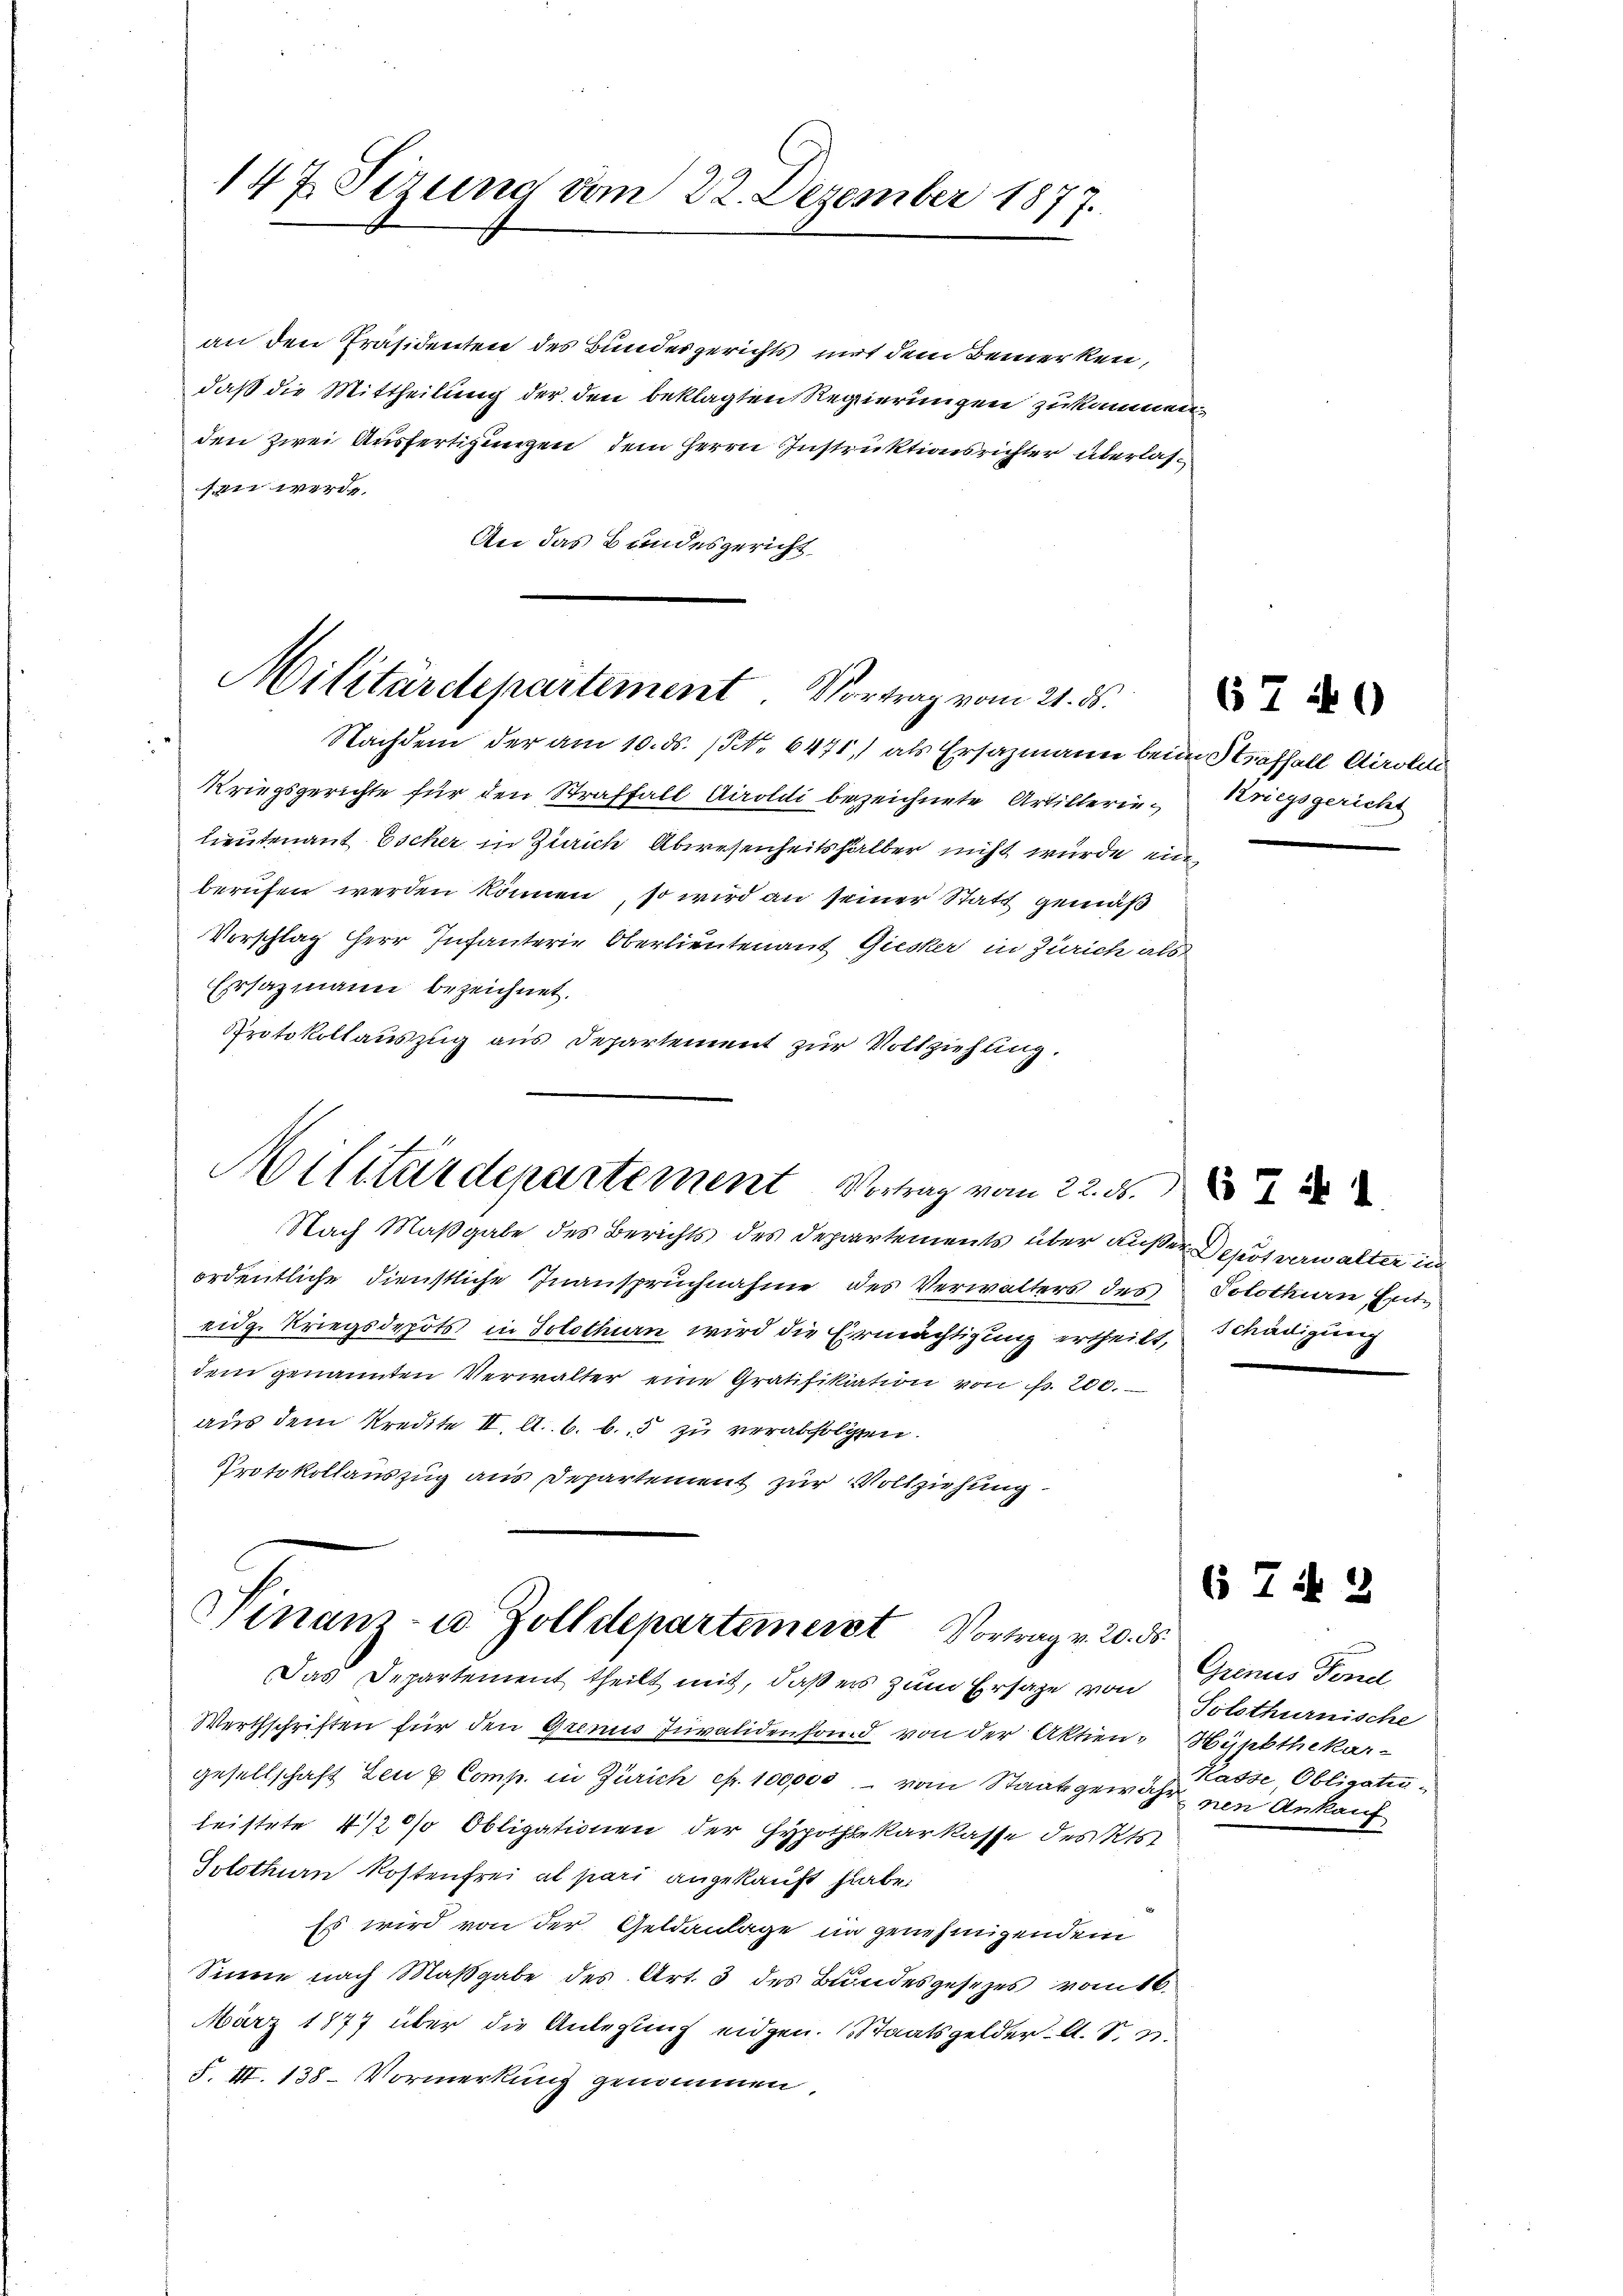
147. Sizung vom 22. Dezember 1877.

an den Präsidenten des Bundesgerichts mit dem Bemerken,
daß die Mittheilung der den beklagten Regierungen zukommen.
den zwei Ausfertigungen dem Herrn Instruktionsrichter überlasfen werde.
An das Bundesgericht

Militärdepartement Vortrag vom 21. ds.

Nachdem der am 10. ds. (N. 6471) als Ersazmann beim Straffall Airole
Kriegsgerichte für den Straffall Airoldi bezeichnete Artillerin Kriegsgericht
lieutenant Escher in Zürich Abwesenheitshalber nicht wurde einberufen werden können, so wird an seiner Statt gemäß
Vorschlag Herr Infanterie Oberlieutenant Giesker in Zürich als
Ersazmann bezeichnet.
Protokollauszug aus Departement zur Vollziehung.
Militärdepartement Vortrag vom 22. d. d.
Nach Maßgabe des Berichts des Departements über außer Depot verwalter in
ordentliche dienstliche Inanspruchnahme des Verwalters des Solothurn Enteidge Kriegsdepots in Solothurn wird die Ermächtigung ertheilt, Schädigung
dem genannten Verwalter eine Gratifikation von fr. 200.
aus dem Kredite II. A. B. b. 5 zu verabfolgen.
Protokollauszug aus Departement zur Vollziehung

Finanz- u. Zolldepartemenst Vortrag v. 20. ds.

Das Departement theilt mit, daß er zum Ersage von Solothurnische
Werthschriften für den Gremis Juvalidenhand von der Aktien-Hypothekar-
gesellschaft den & Comp. in Zürich efr. 100,000 vom Staatsgewahrnen Ankauf
leistete 4 1/2 %% Obligationen der Hypothekarkasse des Kts.
Solothurn Kostenfrei al pari angekauft habe.
Es wird von der Geldanlage in genehmigendem
Sinne nach Maßgabe des Art. 3 des Bundesgesetzes vom 16.
März 1877 über die Anlegung eidgen. Staatsgelder. A. S. 3.
S. III. 138. Vormerkung genommen.

67 40

67 n 2

Grenes Fennel
Kasse Obligati